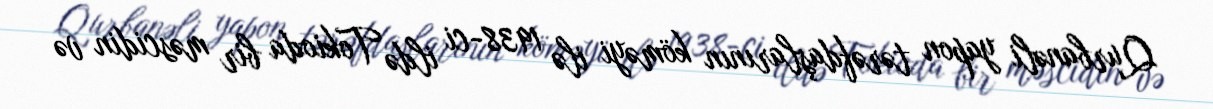
Qurbanəli yapon tərəfdaşlarının köməyi ilə 1938-ci ildə Tokioda bir məscidin və